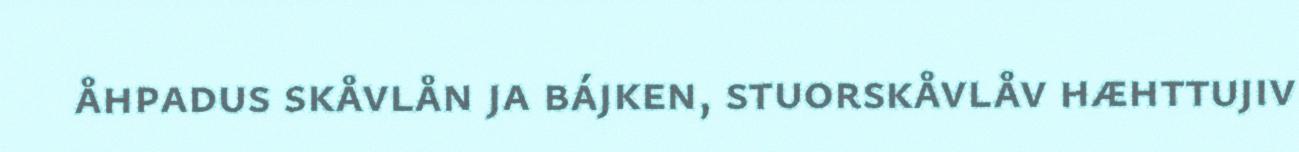
åhpadus skåvlån ja bájken, stuorskåvlåv hæhttujiv